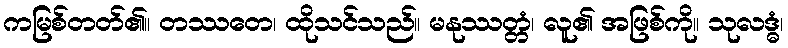
ကမြစ်တတ်၏။ တဿတေ၊ ထိုသင်သည်။ မနုဿတ္တံ၊ လူ၏ အဖြစ်ကို။ သုလဒ္ဓံ၊